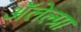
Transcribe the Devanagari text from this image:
अॅलेल्ग्रा